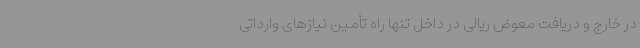
در خارج و دریافت معوض ریالی در داخل تنها راه تأمین نیازهای وارداتی